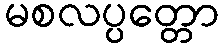
မစလပ္ပတ္တော